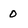
Character: 0